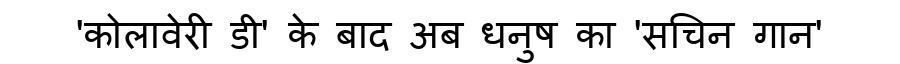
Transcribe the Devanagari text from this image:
'कोलावेरी डी' के बाद अब धनुष का 'सचिन गान'